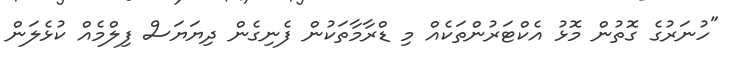
"ހުނަރުގެ ގޮތުން މޮޅު އެކްޓަރުންތަކެއް މި ޑްރާމާތަކުން ފެނިގެން ދިޔަޔަސް ފިލްމެއް ކުޅެލަން